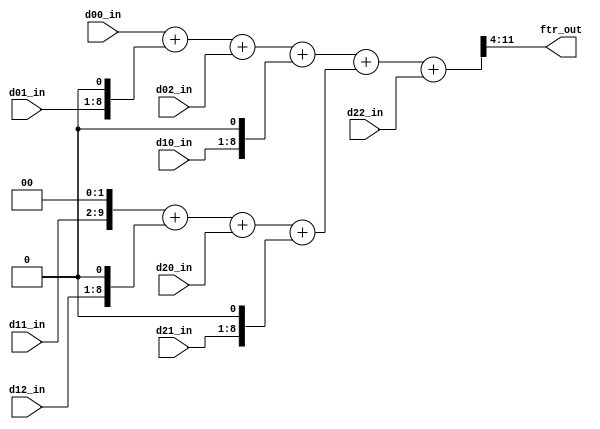
module gaus_filter
#(
    parameter DATA_IN_WIDTH = 8
)(
    input wire    [DATA_IN_WIDTH-1:0]    d00_in,
    input wire    [DATA_IN_WIDTH-1:0]    d01_in,
    input wire    [DATA_IN_WIDTH-1:0]    d02_in,
    input wire    [DATA_IN_WIDTH-1:0]    d10_in,
    input wire    [DATA_IN_WIDTH-1:0]    d11_in,
    input wire    [DATA_IN_WIDTH-1:0]    d12_in,
    input wire    [DATA_IN_WIDTH-1:0]    d20_in,
    input wire    [DATA_IN_WIDTH-1:0]    d21_in,
    input wire    [DATA_IN_WIDTH-1:0]    d22_in,
    output wire   [DATA_IN_WIDTH-1:0]    ftr_out
);

    wire [10:0] s1 = d00_in+(d01_in<<1)+d02_in+(d10_in<<1);
    wire [10:0] s2 = (d11_in<<2)+(d12_in<<1)+d20_in+(d21_in<<1);
    wire [11:0] s3 = s1+s2+d22_in;
    assign ftr_out = s3>>4;
	 
endmodule